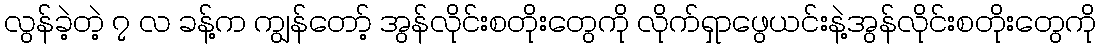
လွန်ခဲ့တဲ့ ၇ လ ခန့်က ကျွန်တော့် အွန်လိုင်းစတိုးတွေကို လိုက်ရှာဖွေယင်းနဲ့အွန်လိုင်းစတိုးတွေကို